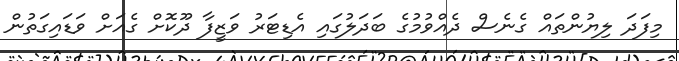
މިފަދަ ލިޔުންތައް ގެނެސް ދެއްވުމުގެ ބަދަލުގައި އެޑިޓަރު ވަޒީފާ ދޫކޮށް ގެއަށް ވަޑައިގަތުން